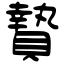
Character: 贄